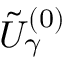
\tilde { U } _ { \gamma } ^ { ( 0 ) }